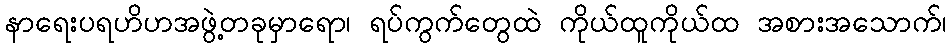
နာရေးပရဟိဟအဖွဲ့တခုမှာရော၊ ရပ်ကွက်တွေထဲ ကိုယ်ထူကိုယ်ထ အစားအသောက်၊